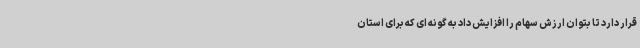
قرار دارد تا بتوان ارزش سهام را افزایش داد به گونه ای که برای استان